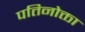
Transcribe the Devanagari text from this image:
पतिनोक्ता